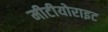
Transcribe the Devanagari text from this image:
मीटीयोराइट